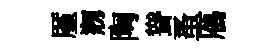
厪剏陶聳蚤鴈